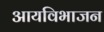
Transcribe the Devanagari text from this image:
आयविभाजन